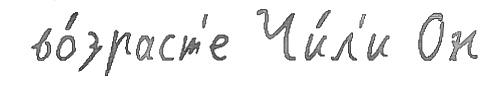
 во́зраст'е Чи́л'и Он